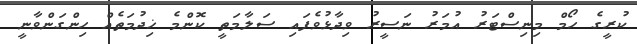
ކުރީގެ ހޯމް މިނިސްޓަރު އުމަރު ނަސީރު ވިދާޅުވެފައި ސަލާމަތީ ކޮންމެ ޚިދުމަތެއް ހިންގަންވާނީ